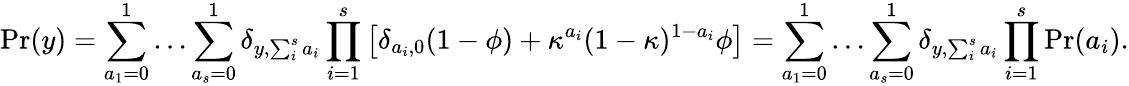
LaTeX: \mathrm{Pr}(y)=\sum_{a_{1}=0}^{1}\dots\sum_{a_{s}=0}^{1}\delta_{y,\sum_{i}^{s}a_{i}}\prod_{i=1}^{s}\left[\delta_{a_{i},0}(1-\phi)+\kappa^{a_{i}}(1-\kappa)^{1-a_{i}}\phi\right]=\sum_{a_{1}=0}^{1}\dots\sum_{a_{s}=0}^{1}\delta_{y,\sum_{i}^{s}a_{i}}\prod_{i=1}^{s}\mathrm{Pr}(a_{i}).